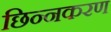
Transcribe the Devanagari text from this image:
छिन्नकरण